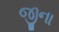
જીના